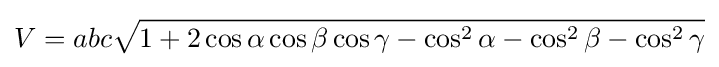
V=abc{\sqrt {1+2\cos \alpha \cos \beta \cos \gamma -\cos ^{2}\alpha -\cos ^{2}\beta -\cos ^{2}\gamma }}